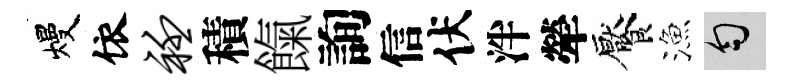
熳依衽積餼詢信伏泮犖饜漁匀